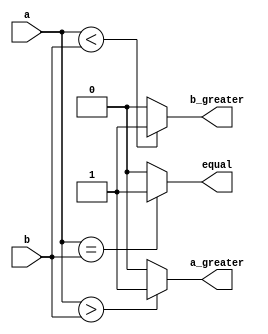
module comparator_4bits(a, b, equal, a_greater, b_greater);
//  2 4bits    3      

// 4bits   a, b     
input [3:0] a;	
input [3:0] b;

// a b      3   
output equal;		// a = b 
output a_greater;	// a > b 
output b_greater;	// a < b 


//   3      
//      .
assign equal = (a==b) ? 1:0;	// a=b  high  low
assign a_greater = (a>b) ? 1:0; // a>b  high  low
assign b_greater = (a<b) ? 1:0; // a<b  high  low

endmodule //4bits